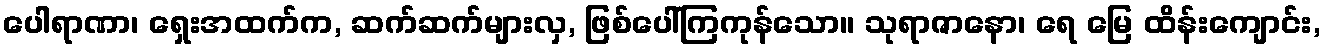
ပေါရာဏာ၊ ရှေးအထက်က, ဆက်ဆက်များလှ, ဖြစ်ပေါ်ကြကုန်သော။ သုရာဇာနော၊ ရေ မြေ ထိန်းကျောင်း,